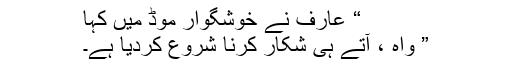
“ عارف نے خوشگوار موڈ میں کہا
” واہ ، آتے ہی شکار کرنا شروع کردیا ہے۔